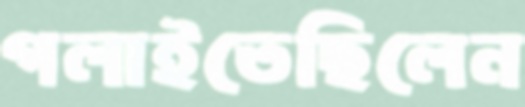
গলাইতেছিলেন